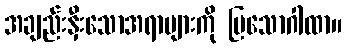
အချည်းနှီးသောအရာများကို ပြသောဂါထာ။